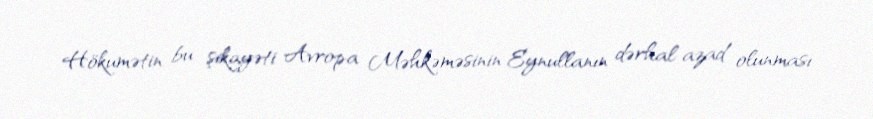
Hökumətin bu şikayəti Avropa Məhkəməsinin Eynullanın dərhal azad olunması